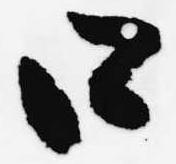
口